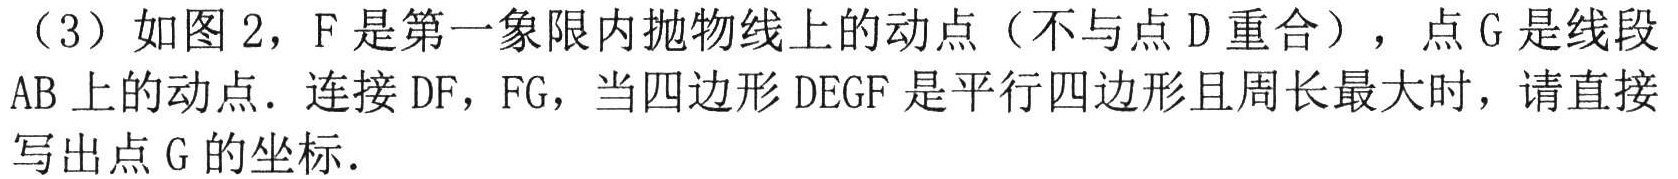
（3）如图2，F是第一象限内抛物线上的动点（不与点D重合），点G是线段AB上的动点．连接DF，FG，当四边形DEGF是平行四边形且周长最大时，请直接写出点G的坐标．